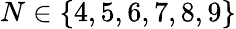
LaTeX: N\in\{ 4,5,6,7,8,9\}